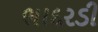
ભાદરડી